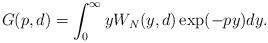
LaTeX: \begin{align*} G(p, d)=\int_{0}^{\infty} y W_N(y, d) \exp(-py) dy. \end{align*}